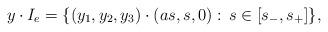
LaTeX: \begin{align*}y\cdot I_e = \{(y_1,y_2,y_3)\cdot (as,s,0):\, s\in[s_{-},s_{+}]\},\end{align*}